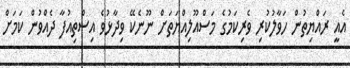
އެއީ ރައްޔިތުން ހަވާލުކުރި ވެރިކަމުގެ މަސްއޫލިއްޔަތަށް ނޫނެކޭ ވިދާޅުވެ އިސްތިއުފާ ދެއްވުން ކަމަށް